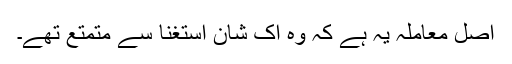
اصل معاملہ یہ ہے کہ وہ اک شان استغنا سے متمتع تھے۔